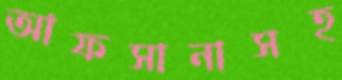
আফসানাসহ